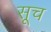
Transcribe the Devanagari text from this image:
सूच